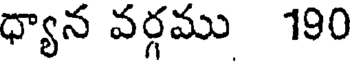
ధ్యాన వర్గము 190